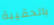
بالحقيبة